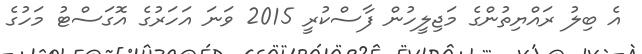
އެ ބިލު ރައްޔިތުންގެ މަޖިލީހުން ފާސްކުރީ 2015 ވަނަ އަހަރުގެ އޮގަސްޓު މަހުގެ